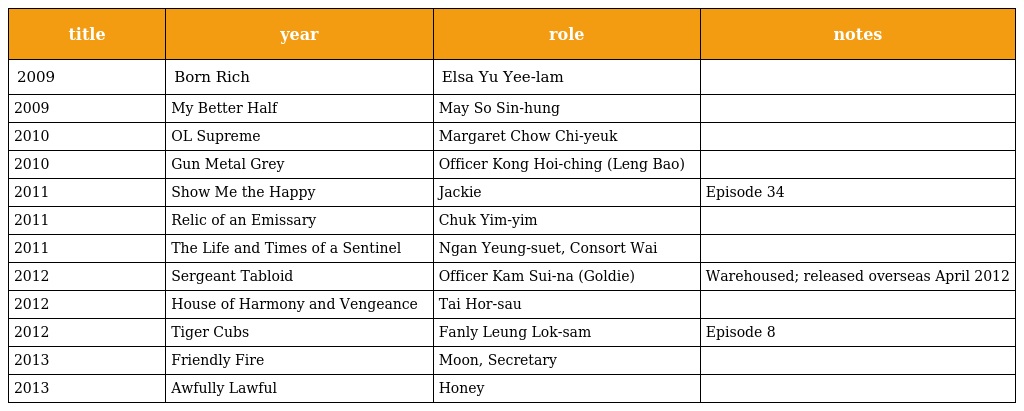
| title | year | role | notes |
 | --- | --- | --- | --- |
 | 2009 | Born Rich | Elsa Yu Yee-lam |  |
 | 2009 | My Better Half | May So Sin-hung |  |
 | 2010 | OL Supreme | Margaret Chow Chi-yeuk |  |
 | 2010 | Gun Metal Grey | Officer Kong Hoi-ching (Leng Bao) |  |
 | 2011 | Show Me the Happy | Jackie | Episode 34 |
 | 2011 | Relic of an Emissary | Chuk Yim-yim |  |
 | 2011 | The Life and Times of a Sentinel | Ngan Yeung-suet, Consort Wai |  |
 | 2012 | Sergeant Tabloid | Officer Kam Sui-na (Goldie) | Warehoused; released overseas April 2012 |
 | 2012 | House of Harmony and Vengeance | Tai Hor-sau |  |
 | 2012 | Tiger Cubs | Fanly Leung Lok-sam | Episode 8 |
 | 2013 | Friendly Fire | Moon, Secretary |  |
 | 2013 | Awfully Lawful | Honey |  |